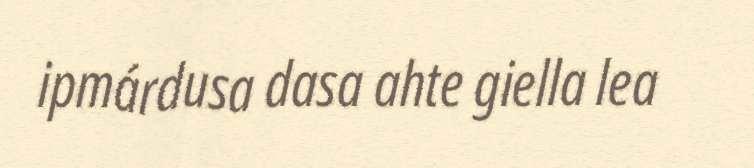
ipmárdusa dasa ahte giella lea